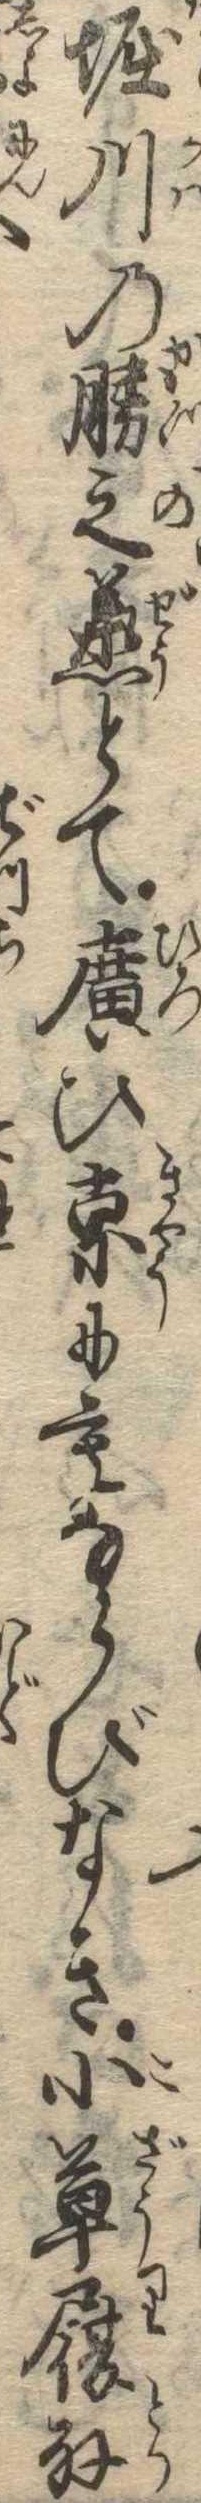
堀川の勝之丞とて広ひ京にもならびなき小草履取